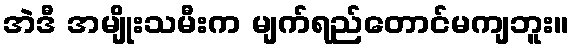
အဲဒီ အမျိုးသမီးက မျက်ရည်တောင်မကျဘူး။